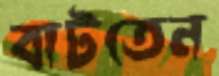
বাটতেন